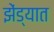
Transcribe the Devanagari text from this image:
झेंड्यात